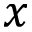
\boldsymbol { x }